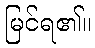
မြင်ရ၏။